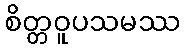
စိတ္တဝူပသမဿ